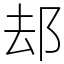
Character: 𨚫